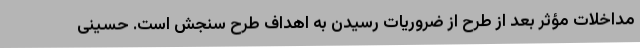
مداخلات مؤثر بعد از طرح از ضروریات رسیدن به اهداف طرح سنجش است. حسینی